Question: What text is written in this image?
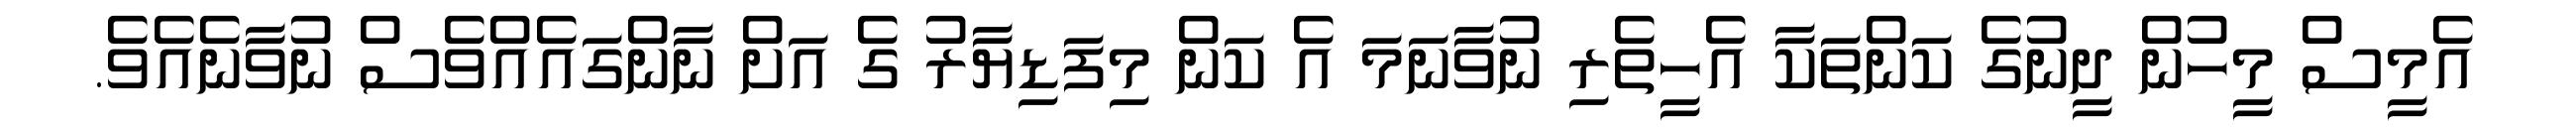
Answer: އެމީސް މީހުން ދީނުގެ ކަންތަކާ އެހީތެރި ނުވާނަމަ އެ ކަން މިފަޑިޔާރު ގެ އަށް ނާންގައެއްވެސް ނުވާނެއެވެ.